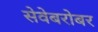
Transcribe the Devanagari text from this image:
सेवेबरोबर